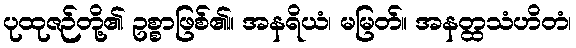
ပုထုဇဉ်တို့၏ ဥစ္စာဖြစ်၏။ အနရိယံ၊ မမြတ်။ အနတ္ထသံဟိတံ၊